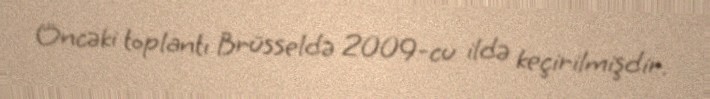
Öncəki toplantı Brüsseldə 2009-cu ildə keçirilmişdir.